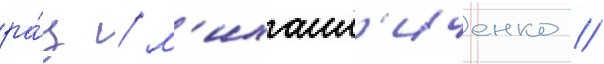
ра́ц / м'ихаил'иченко /